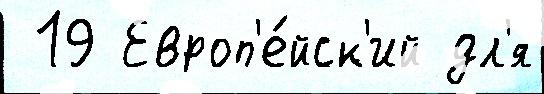
 19 Европ'е́йск'ий дл'я